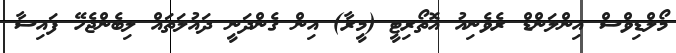
މޯލްޑިވްސް އިންލަންޑް ރެވެނިއު އޮތޯރިޓީ (މީރާ) އިން ގެންދަނީ ދައުލަތައް ލިބެންޖެހޭ ފައިސާ